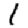
Digit: 1